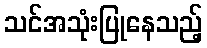
သင်အသုံးပြုနေသည့်